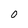
Character: O